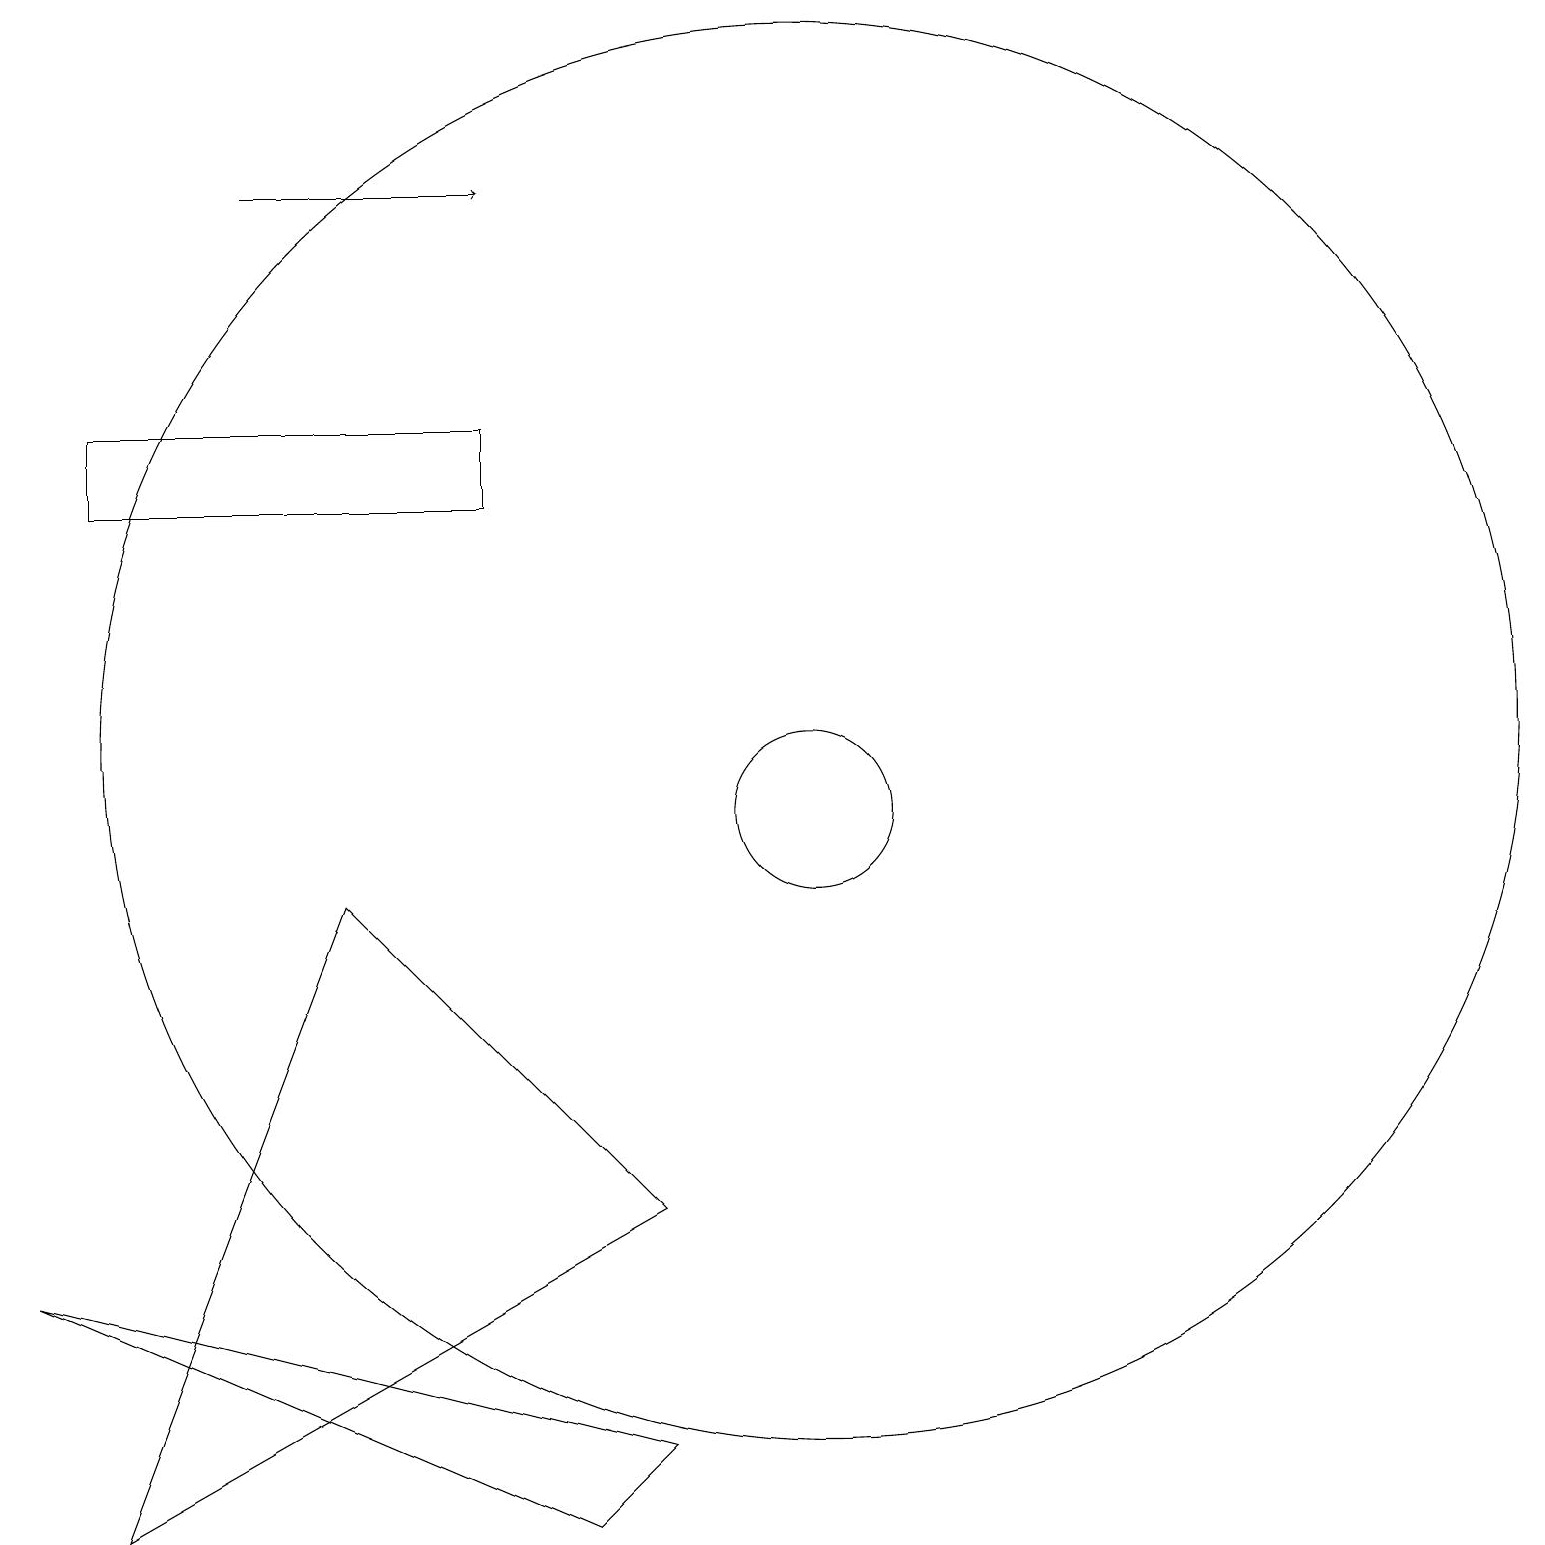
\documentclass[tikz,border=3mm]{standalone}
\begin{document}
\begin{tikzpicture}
\draw[->] (4,18) -- (7,18);
\draw (5,9) -- (2,1) -- (9,5) -- cycle;
\draw (9,2) -- (1,4) -- (8,1) -- cycle;
\draw (11,10) circle (1);
\draw (2,14) rectangle (7,15);
\draw (11,11) circle (9);
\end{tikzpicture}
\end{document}